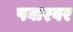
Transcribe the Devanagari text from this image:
पवारवर